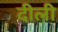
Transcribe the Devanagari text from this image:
दीली